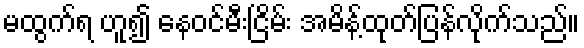
မထွက်ရ ဟူ၍ နေဝင်မီးငြိမ်း အမိန့်ထုတ်ပြန်လိုက်သည်။